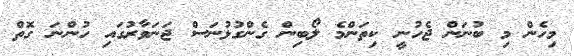
މިހެން މި ބުނަން ޖެހުނީ ކިތަންމެ ލޯބިން ގެންގުޅުނަސް ޖަނަވާރުގައި ހުންްނަ ގޮތް